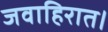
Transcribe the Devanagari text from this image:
जवाहिरात।